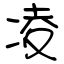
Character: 凌